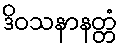
ဒိဝသနာနတ္တံ